Trukikaitis_Postimees, lk 6
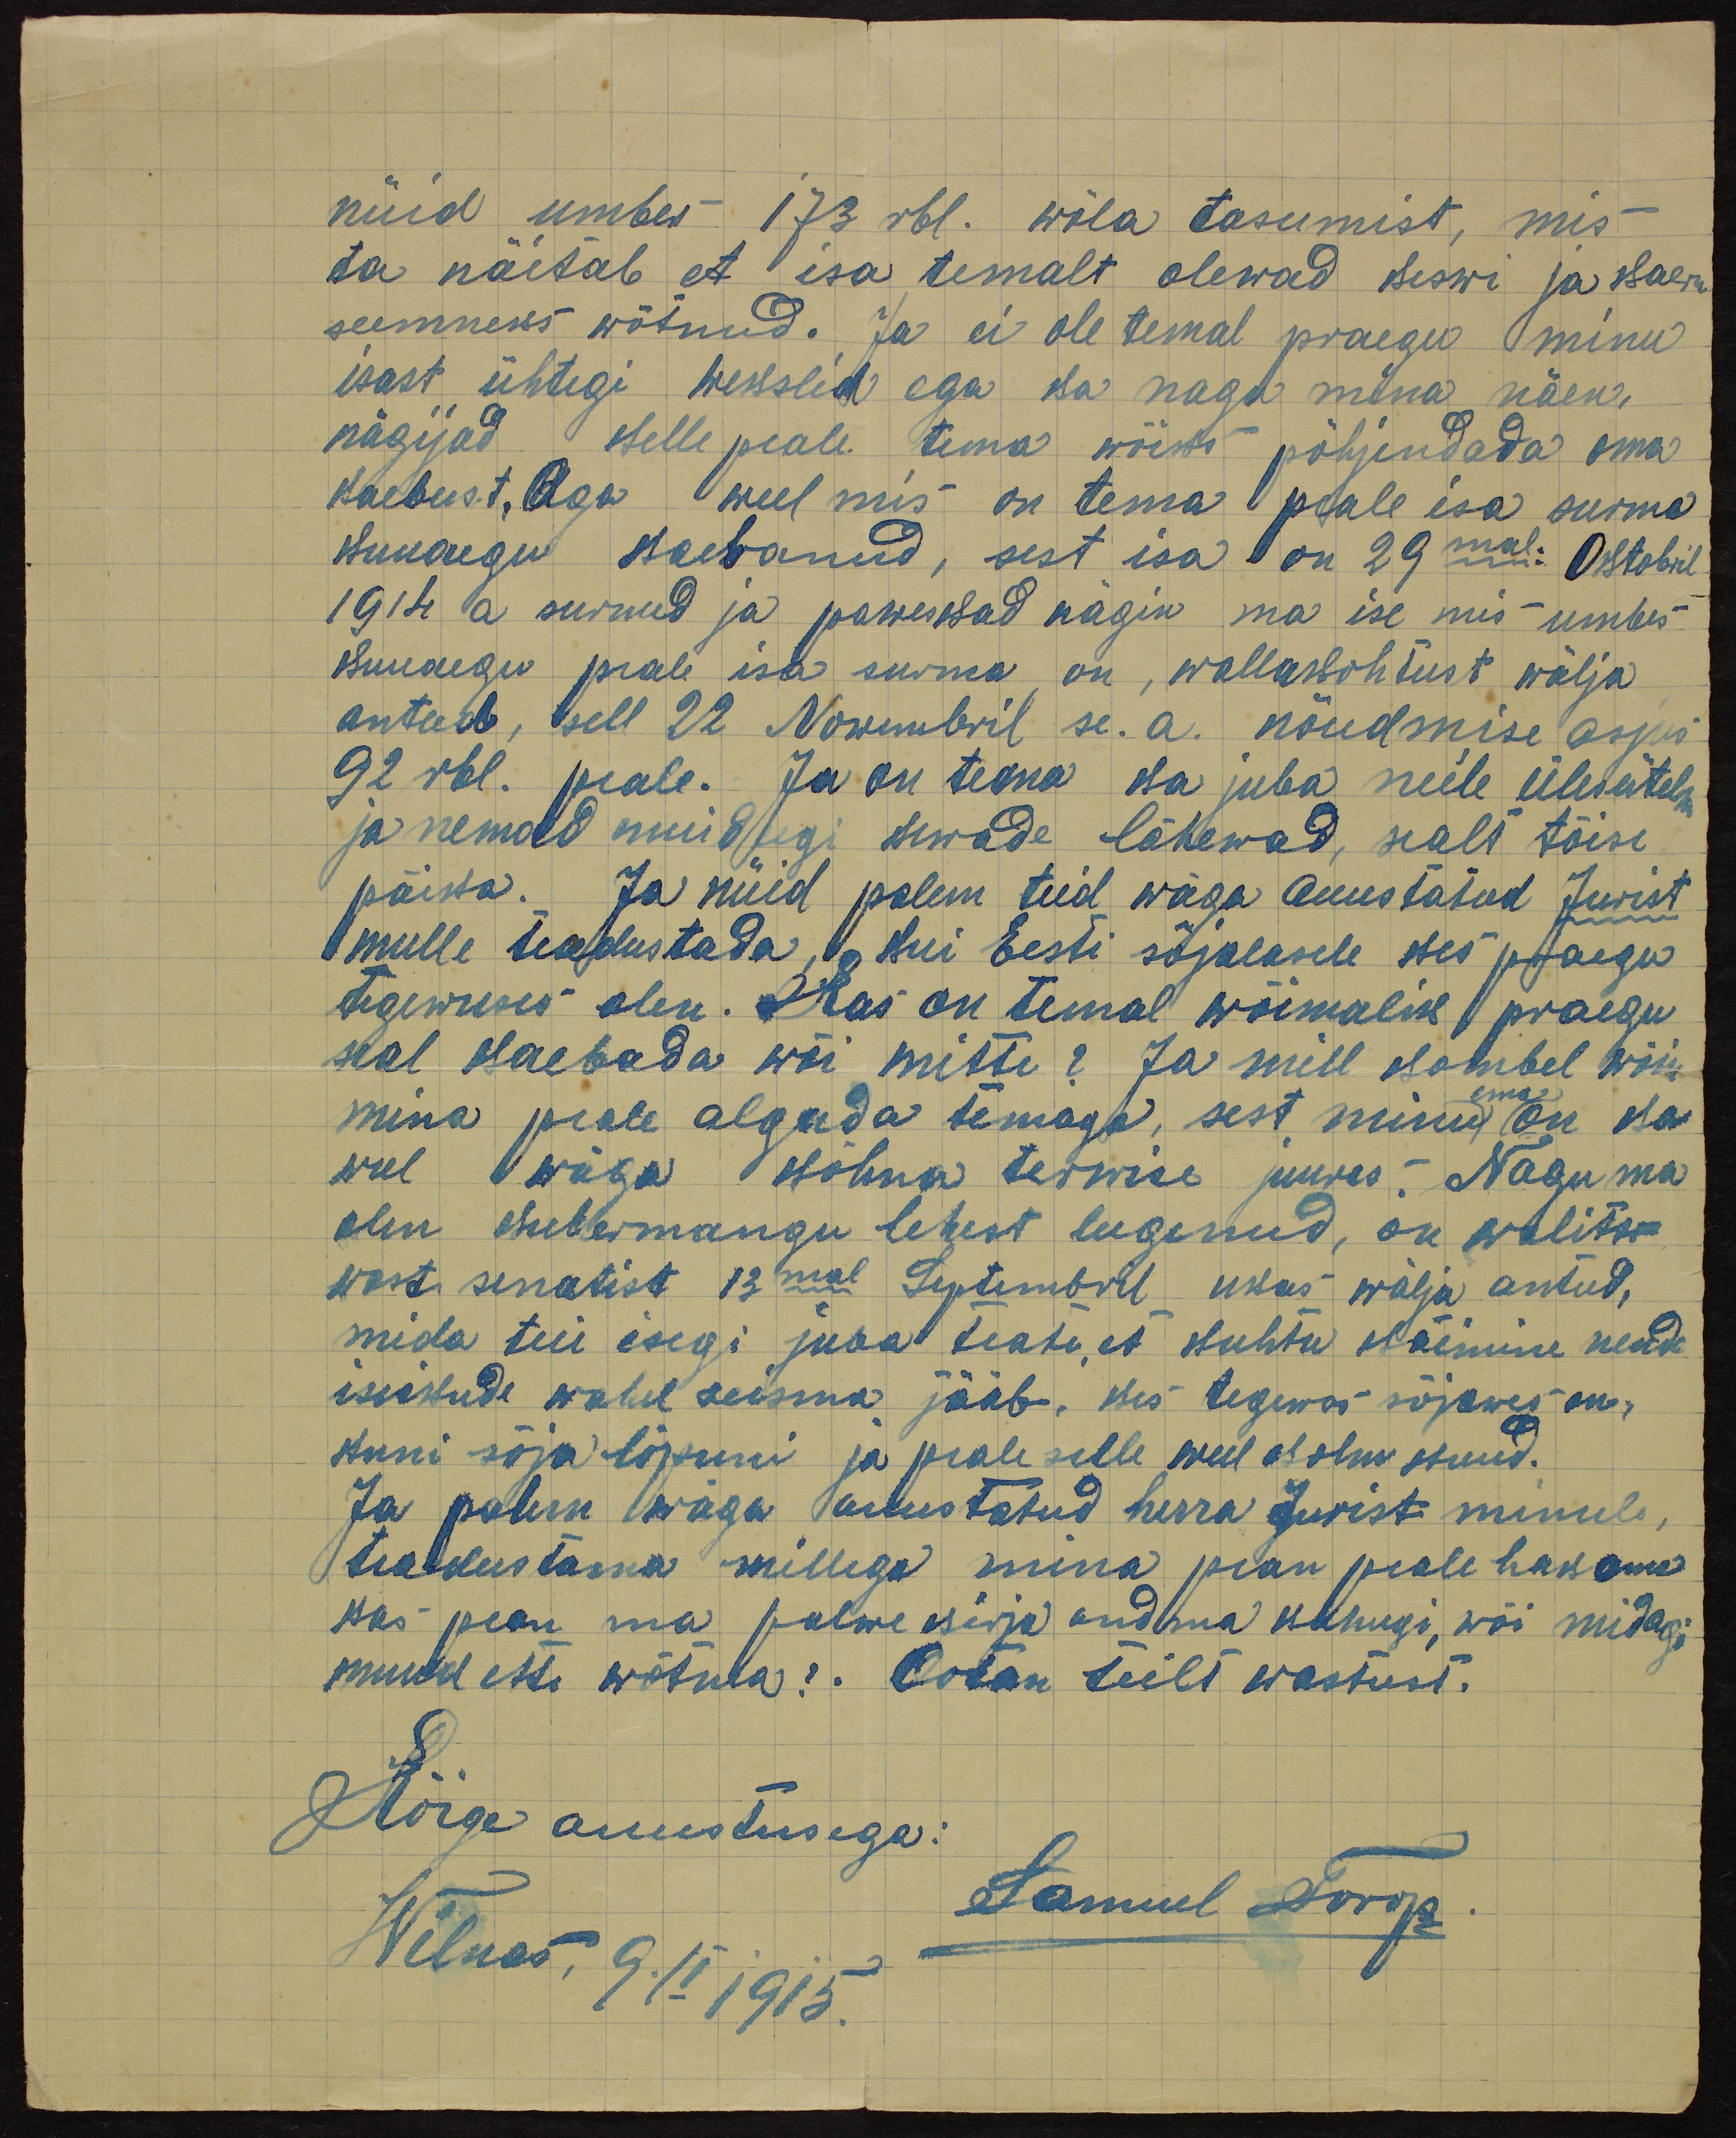
nüid umbes 1/3 rbl. wõla tasumist, mis
ta näitab et isa temalt olewad seswi ja wae-
seemneks wõtnud. Ja ei ole temal praegu minu
vast ühtegi hekslik ega ka nagu mina näen,
nägijad kelle peale tema võist põhjendada oma
kaebust. Aga weel mis on tema peale isa surma
kuuaugu kaebanud, sest isa on 29mal. Oktobril
1914 a surnud ja pakestad nägin ma ise mis umbes
iluuaegu peale isa surma on, wallakohtust wälja
antud, sell 22 Nowembril se. a. nõudmise asjus
92 rbl. peale. Ja on tema ka juba neile ülesütelm
ja nemad muidugi suwade lähewad, sealt tõise
päiva. Ja nüid palun teid wäga auustatud Jurist
mulle teadustada, kui Eesti sõjalasele kes praegu
tegewuses olen. Kas on temal võimalik praegu
seal kaebada wõi mitte? Ja mill kombel wõin
mina peale algada temaga, sest minu on ka
ema
weel hälwa kolma terwise juures Nagu ma
olen kumbermangu lehest lugenud, on walitse-
wast senatist 13mal Septembril ukas välja antud,
mida teie isegi juba teate, et kuhtu käimine nende
isikude wahel seisma jääb, kes tegewes sõjawes on,
kuni sõja lõpuni ja peale selle veel kolm kuid.
Ja palun wäga austatud herra Jurist minule,
teadustama millega mina pean peale hakama
kas pean ma palwe kirja andma kuhugi, wõi midagi
muud ette wõtma? Ootan teilt wastust.
Kõige auustusega:
Wilnas, 9.II 1915.
Samuel Torop